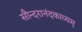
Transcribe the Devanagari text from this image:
सौन्दरानंदकाव्यम्